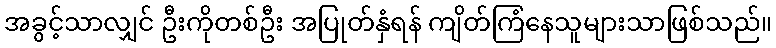
အခွင့်သာလျှင် ဦးကိုတစ်ဦး အပြုတ်နှံရန် ကျိတ်ကြံနေသူများသာဖြစ်သည်။